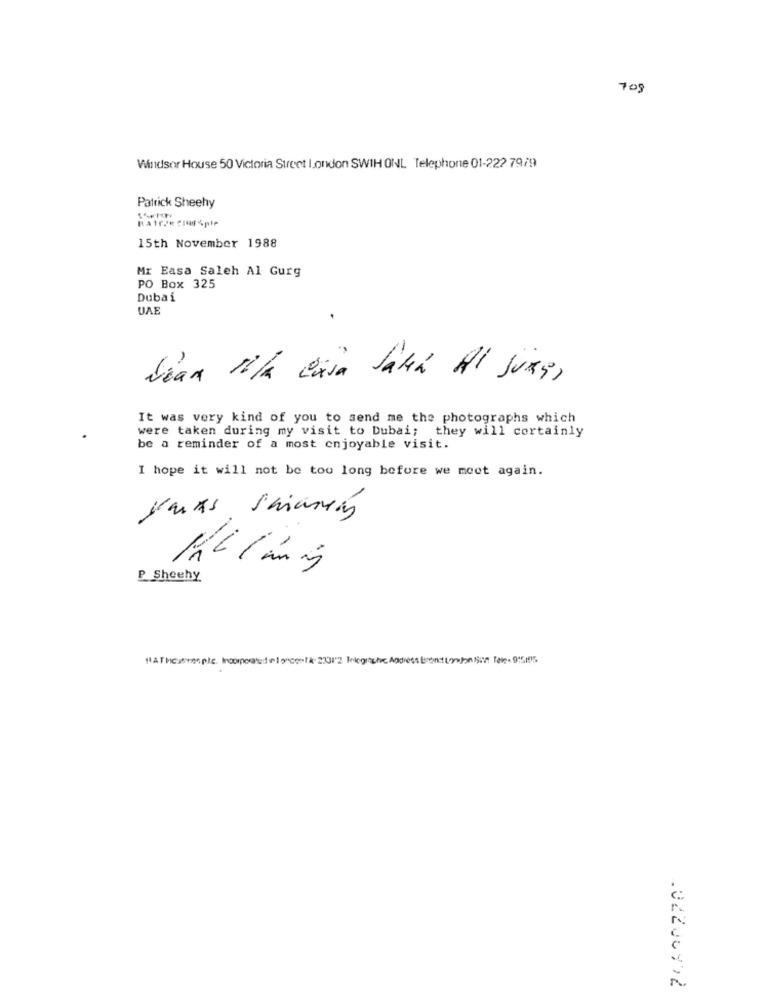
708
Windsor House 50 Victoria Street london SWIH ONL Telephone 01-222 7979
Patrick Sheehy
15th November 1988
Mr Easa Saleh Al Gurg
PO Box 325
Dubai
UA
Vian 11/4 caja Salá Al JURY,
It was very kind of you to send me the photographs which
were taken during my visit to Dubai; they will cortainly
be a reminder of a most enjoyable visit.
I hope it will not be too long before we meet again.
5.
P Sheehy
WAT heacosple Incorporardel scest 22312 Inlogische Address Erend Loson Sun Tec- 9:55